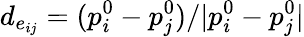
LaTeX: d_{e_{ij}}=(p_{i}^{0}-p_{j}^{0})/|p_{i}^{0}-p_{j}^{0}|